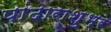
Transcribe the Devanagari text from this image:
पांढाराशुभ्र